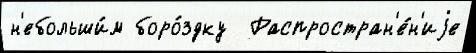
н'ебольши́м боро́здку  Распростран'е́н'иjе